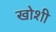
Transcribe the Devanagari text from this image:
खोशी